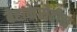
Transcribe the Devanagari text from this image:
बेटाकेरोटीन